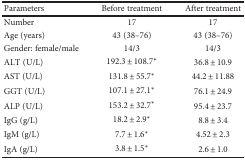
<table><thead><tr><td><b>Parameters</b></td><td><b>Before treatment</b></td><td><b>After treatment</b></td></tr></thead><tbody><tr><td>Number</td><td>17</td><td>17</td></tr><tr><td>Age (years)</td><td>43 (38–76)</td><td>43 (38–76)</td></tr><tr><td>Gender: female/male</td><td>14/3</td><td>14/3</td></tr><tr><td>ALT (U/L)</td><td>192.3 ± 108.7<sup>∗</sup></td><td>36.8 ± 10.9</td></tr><tr><td>AST (U/L)</td><td>131.8 ± 55.7<sup>∗</sup></td><td>44.2 ± 11.88</td></tr><tr><td>GGT (U/L)</td><td>107.1 ± 27.1<sup>∗</sup></td><td>76.1 ± 24.9</td></tr><tr><td>ALP (U/L)</td><td>153.2 ± 32.7<sup>∗</sup></td><td>95.4 ± 23.7</td></tr><tr><td>IgG (g/L)</td><td>18.2 ± 2.9<sup>∗</sup></td><td>8.8 ± 3.4</td></tr><tr><td>IgM (g/L)</td><td>7.7 ± 1.6<sup>∗</sup></td><td>4.52 ± 2.3</td></tr><tr><td>IgA (g/L)</td><td>3.8 ± 1.5<sup>∗</sup></td><td>2.6 ± 1.0</td></tr></tbody></table>